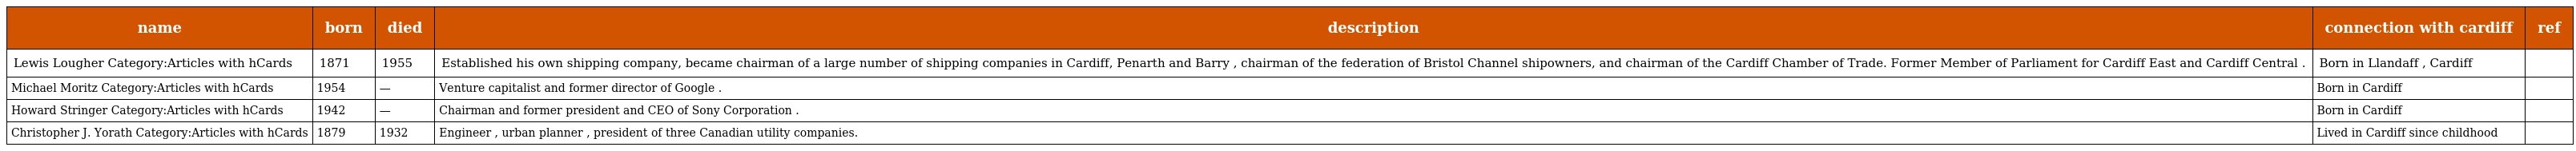
| name | born | died | description | connection with cardiff | ref |
 | --- | --- | --- | --- | --- | --- |
 | Lewis Lougher Category:Articles with hCards | 1871 | 1955 | Established his own shipping company, became chairman of a large number of shipping companies in Cardiff, Penarth and Barry , chairman of the federation of Bristol Channel shipowners, and chairman of the Cardiff Chamber of Trade. Former Member of Parliament for Cardiff East and Cardiff Central . | Born in Llandaff , Cardiff |  |
 | Michael Moritz Category:Articles with hCards | 1954 | — | Venture capitalist and former director of Google . | Born in Cardiff |  |
 | Howard Stringer Category:Articles with hCards | 1942 | — | Chairman and former president and CEO of Sony Corporation . | Born in Cardiff |  |
 | Christopher J. Yorath Category:Articles with hCards | 1879 | 1932 | Engineer , urban planner , president of three Canadian utility companies. | Lived in Cardiff since childhood |  |